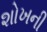
શોખની